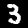
Label: 3